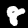
Label: 8